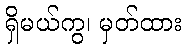
ရှိမယ်ကွ၊ မှတ်ထား